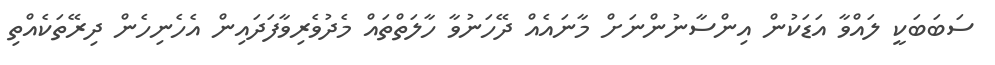
ސަބަބަކީ ލައްވާ އަޑަކުން އިންސާނުންނަށް މާނައެއް ދޭހަނުވާ ހާލަތްތައް މެދުވެރިވާފަދައިން އެހެނިހެން ދިރޭތަކެއްތި